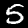
Digit: 5